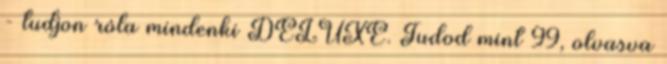
- tudjon róla mindenki DELUXE. Tudod mint 99, olvasva